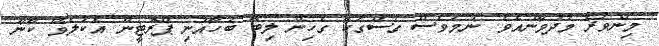
މިންވަރު މަދުވާނެއެވެ. ނަމަވެސް ގަސްގަހާ ގެހިން ލިބޭ ބަހާއުނި ޕްރޮޓީން އެކުލެވޭ ކާނާ